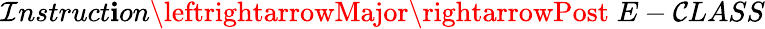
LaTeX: \mathcal{I}nstruct\mathbf{i}on\leftrightarrowMajor\rightarrowPost\; E-\mathcal{C}LASS